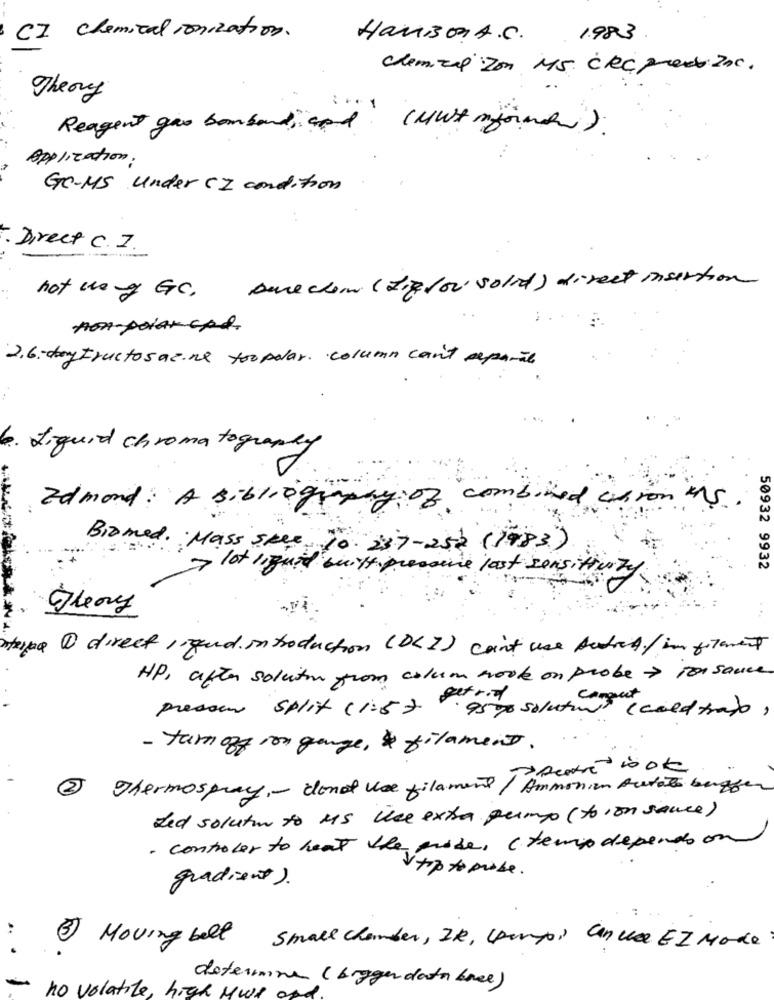
CI chemical ionization.
HarBoA.C. 1983
chemical2mm MS CRCpredi200.
Theory
Reagent gas bombard cod . (Must none).
Application.
GC-MS under CI condition
. Direct C.I.
hot weg GC, Derechom (Lip for solid) direct insertion
2.6- day Fructosazine toopolar. column can't separat
6. Liquid chromatography
Edmond: A siblingway of combined chron us
Biomed. Mass spee, 70. 257-as2 (1983)
>> lot liquid built pressure last sensitivity
50932 9932
. ..
intepe 1 directingund introduction (DLI) coint use AutreA/ in filament
HP, after solution from colum work on probe > ton sauce
presser Split (1.5). 950 solution) ( cold trabb)
- turn off ron gange, & filament.
Thermospray ,- donot Use filament / Ammonium Durato buggen
Led solutur to MS Use extra pump (to ion sauce)
- controler to heat the probe, ( temp depends on
top to probe .
gradient).
..
Moving bell
Small chamber , IK, (pomy, Can use EZ Mode
determine (brygger data base)
-
no volatile, high Mwe of